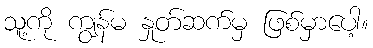
သူ့ကို ကျွန်မ နှုတ်ဆက်မှ ဖြစ်မှာပေါ့။